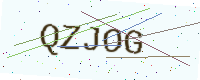
Text: QZJOG